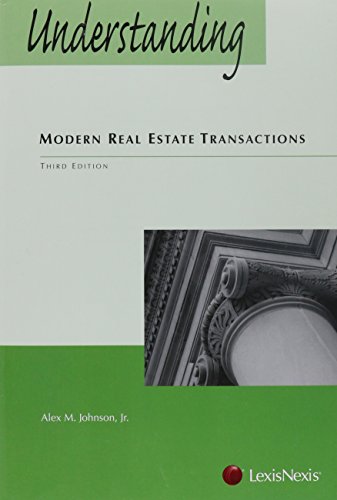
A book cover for Understanding Modern Real Estate Transactions; Alex M. Johnson Jr.; Business & Money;